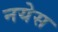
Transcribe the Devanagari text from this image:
नयेस